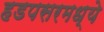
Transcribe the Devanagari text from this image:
हडपसरमध्ये